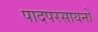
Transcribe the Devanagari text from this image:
पादपरसायनों